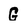
Character: G